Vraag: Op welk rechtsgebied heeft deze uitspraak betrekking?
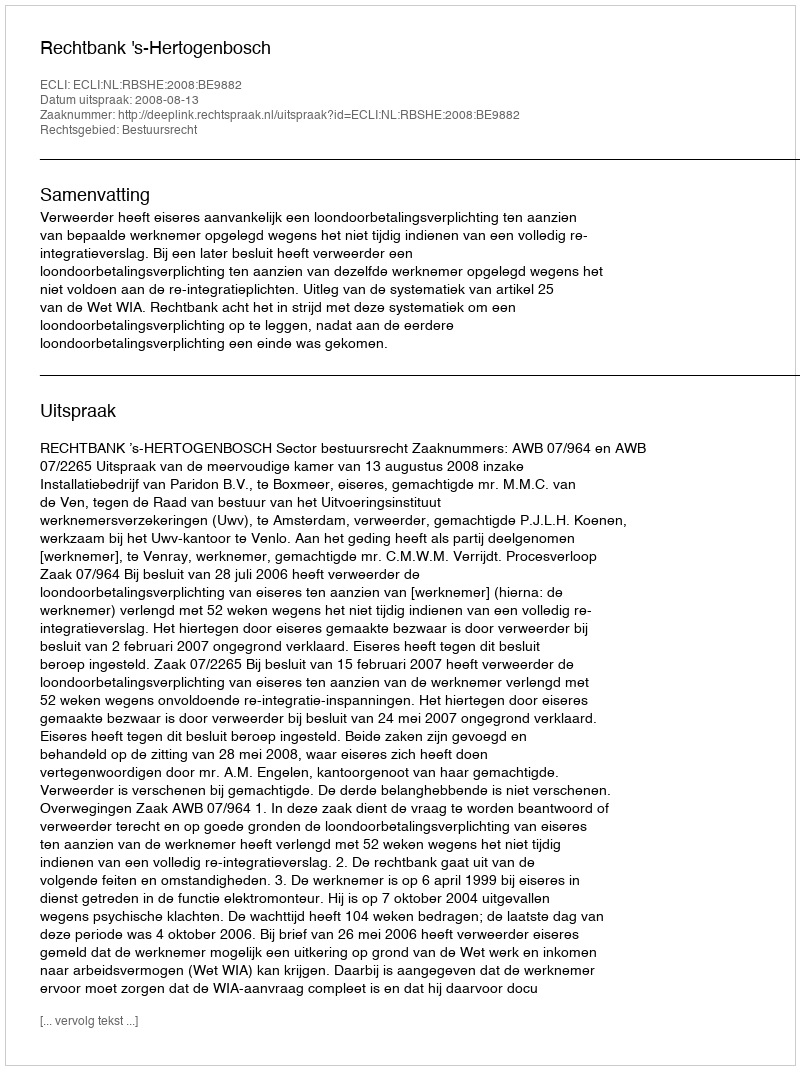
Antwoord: Bestuursrecht